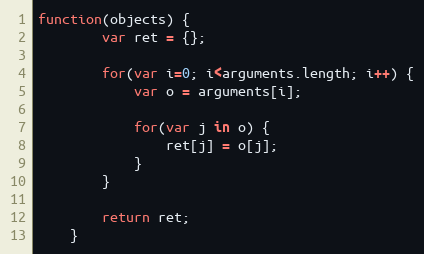
Language: JavaScript
function(objects) {
		var ret = {};

		for(var i=0; i<arguments.length; i++) {
			var o = arguments[i];

			for(var j in o) {
				ret[j] = o[j];
			}
		}

		return ret;
	}